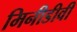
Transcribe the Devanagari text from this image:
मिनीडीवी